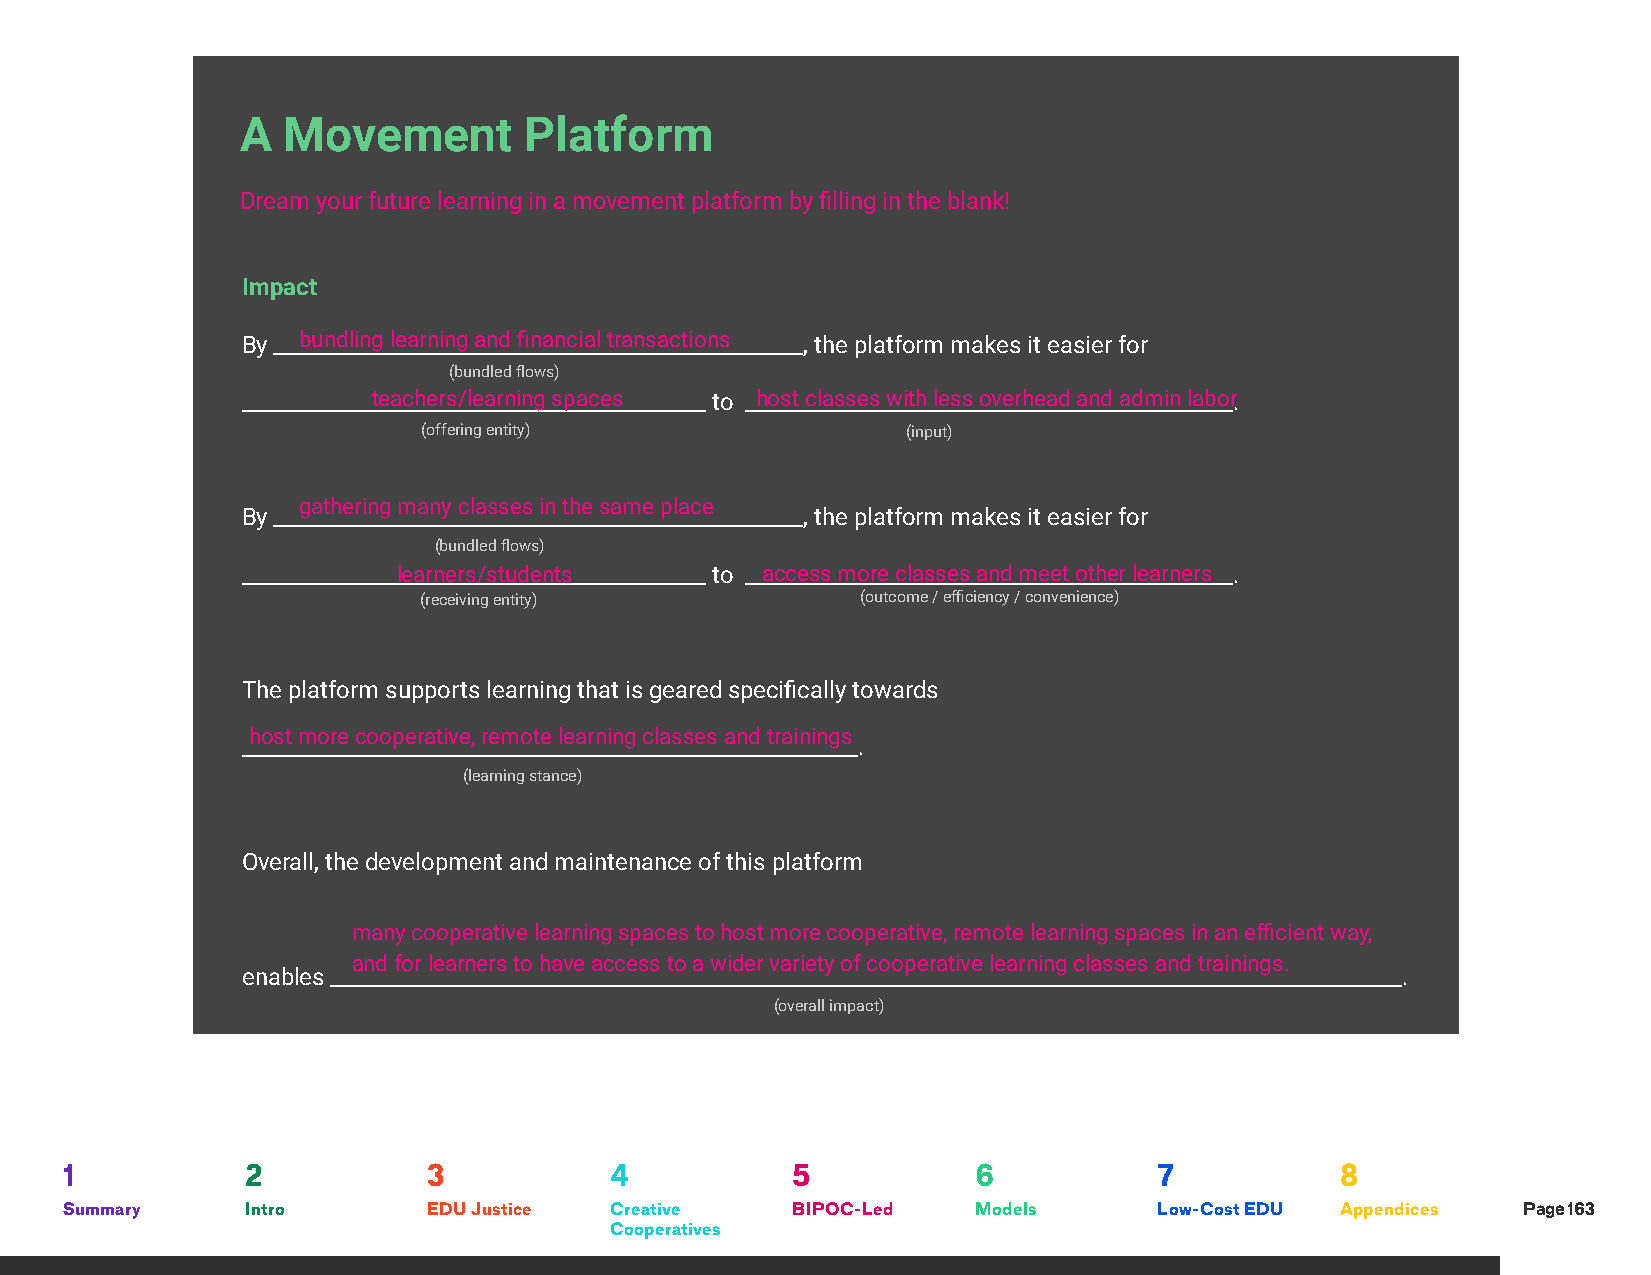
A  Movement        Platform
 Dream your future learning in a movement platform by filling in the blank!
 Impact
 By ___b_u_n_d_l_in_g__ l_e_a_r_n_in_g__ a_n_d_ _fi_n_a_n__c_ia_l_ t_r_a_n_s_a_c_t_io_n__s_______, the platform makes it easier for
 (bundled flows)
 ____________t_e_a_c_h__e_rs_/_l_e_a_r_n_in_g__ s_p_a__c_e_s________ to _h__o_s_t _c_l_a_s_s_e_s_ w__i_th_ _le_s__s_ o_v_e_r_h_e_a_d__ a_n_d__ a_d_m__i_n_ l_a_b_o_r.
 (offering entity)               (input)
 gathering many classes in the same place
 By _________________________________________________, the platform makes it easier for
 (bundled flows)
 _______________le_a__rn_e_r_s_/_s_t_u_d_e_n_t_s_____________ to __a_c_c_e_s_s__ m__o_r_e_ c_l_a_s_s_e_s_ _a_n_d_ _m__e_e_t _o_t_h_e_r_ l_e_a_r_n_e_r_s__.
 (receiving entity)           (outcome / efficiency / convenience)
 The platform supports learning that is geared specifically towards
 host more cooperative, remote learning classes and trainings
 _________________________________________________________.
 (learning stance)
 Overall, the development and maintenance of this platform
 many cooperative learning spaces to host more cooperative, remote learning spaces in an efficient way,
 and for learners to have access to a wider variety of cooperative learning classes and trainings.
 enables ___________________________________________________________________________________________________.
 (overall impact)
 1           2           3           4           5            6           7           8
 Summary     Intro       EDU Justice Creative    BIPOC-Led    Models      Low-Cost EDU Appendices Page 163
 Cooperatives